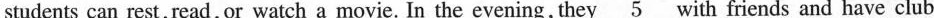
students can rest,read,or watch a movie. In the evening, they \underline{5}with friends and have club